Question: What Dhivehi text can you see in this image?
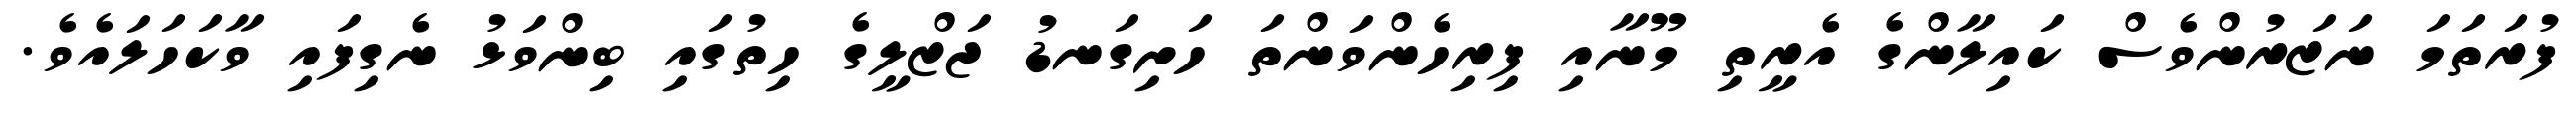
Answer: ފުރަތަމަ ނަޒަރުންވެސް ކައިލާންގެ އެރީތި މޫނާއި ފިރިހެންވަންތަ ހަށިގަނޑު ޖަޒްލީގެ ހިތުގައި ބިންވަޅު ނެގިފައި ވާކަހަލައެވެ.